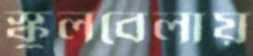
স্কুলবেলায়